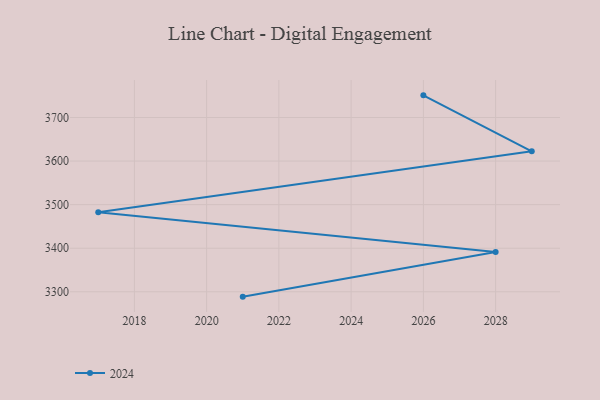
{"axis": {"x": "Year", "y": "Budget (USD K)"}, "legend": ["2024"], "data": [{"x": "2026", "y": 3750.8, "type": "2024"}, {"x": "2029", "y": 3622.4, "type": "2024"}, {"x": "2017", "y": 3482.4, "type": "2024"}, {"x": "2028", "y": 3391.4, "type": "2024"}, {"x": "2021", "y": 3288.9, "type": "2024"}]}